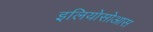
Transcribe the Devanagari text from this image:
इलियोसोआस